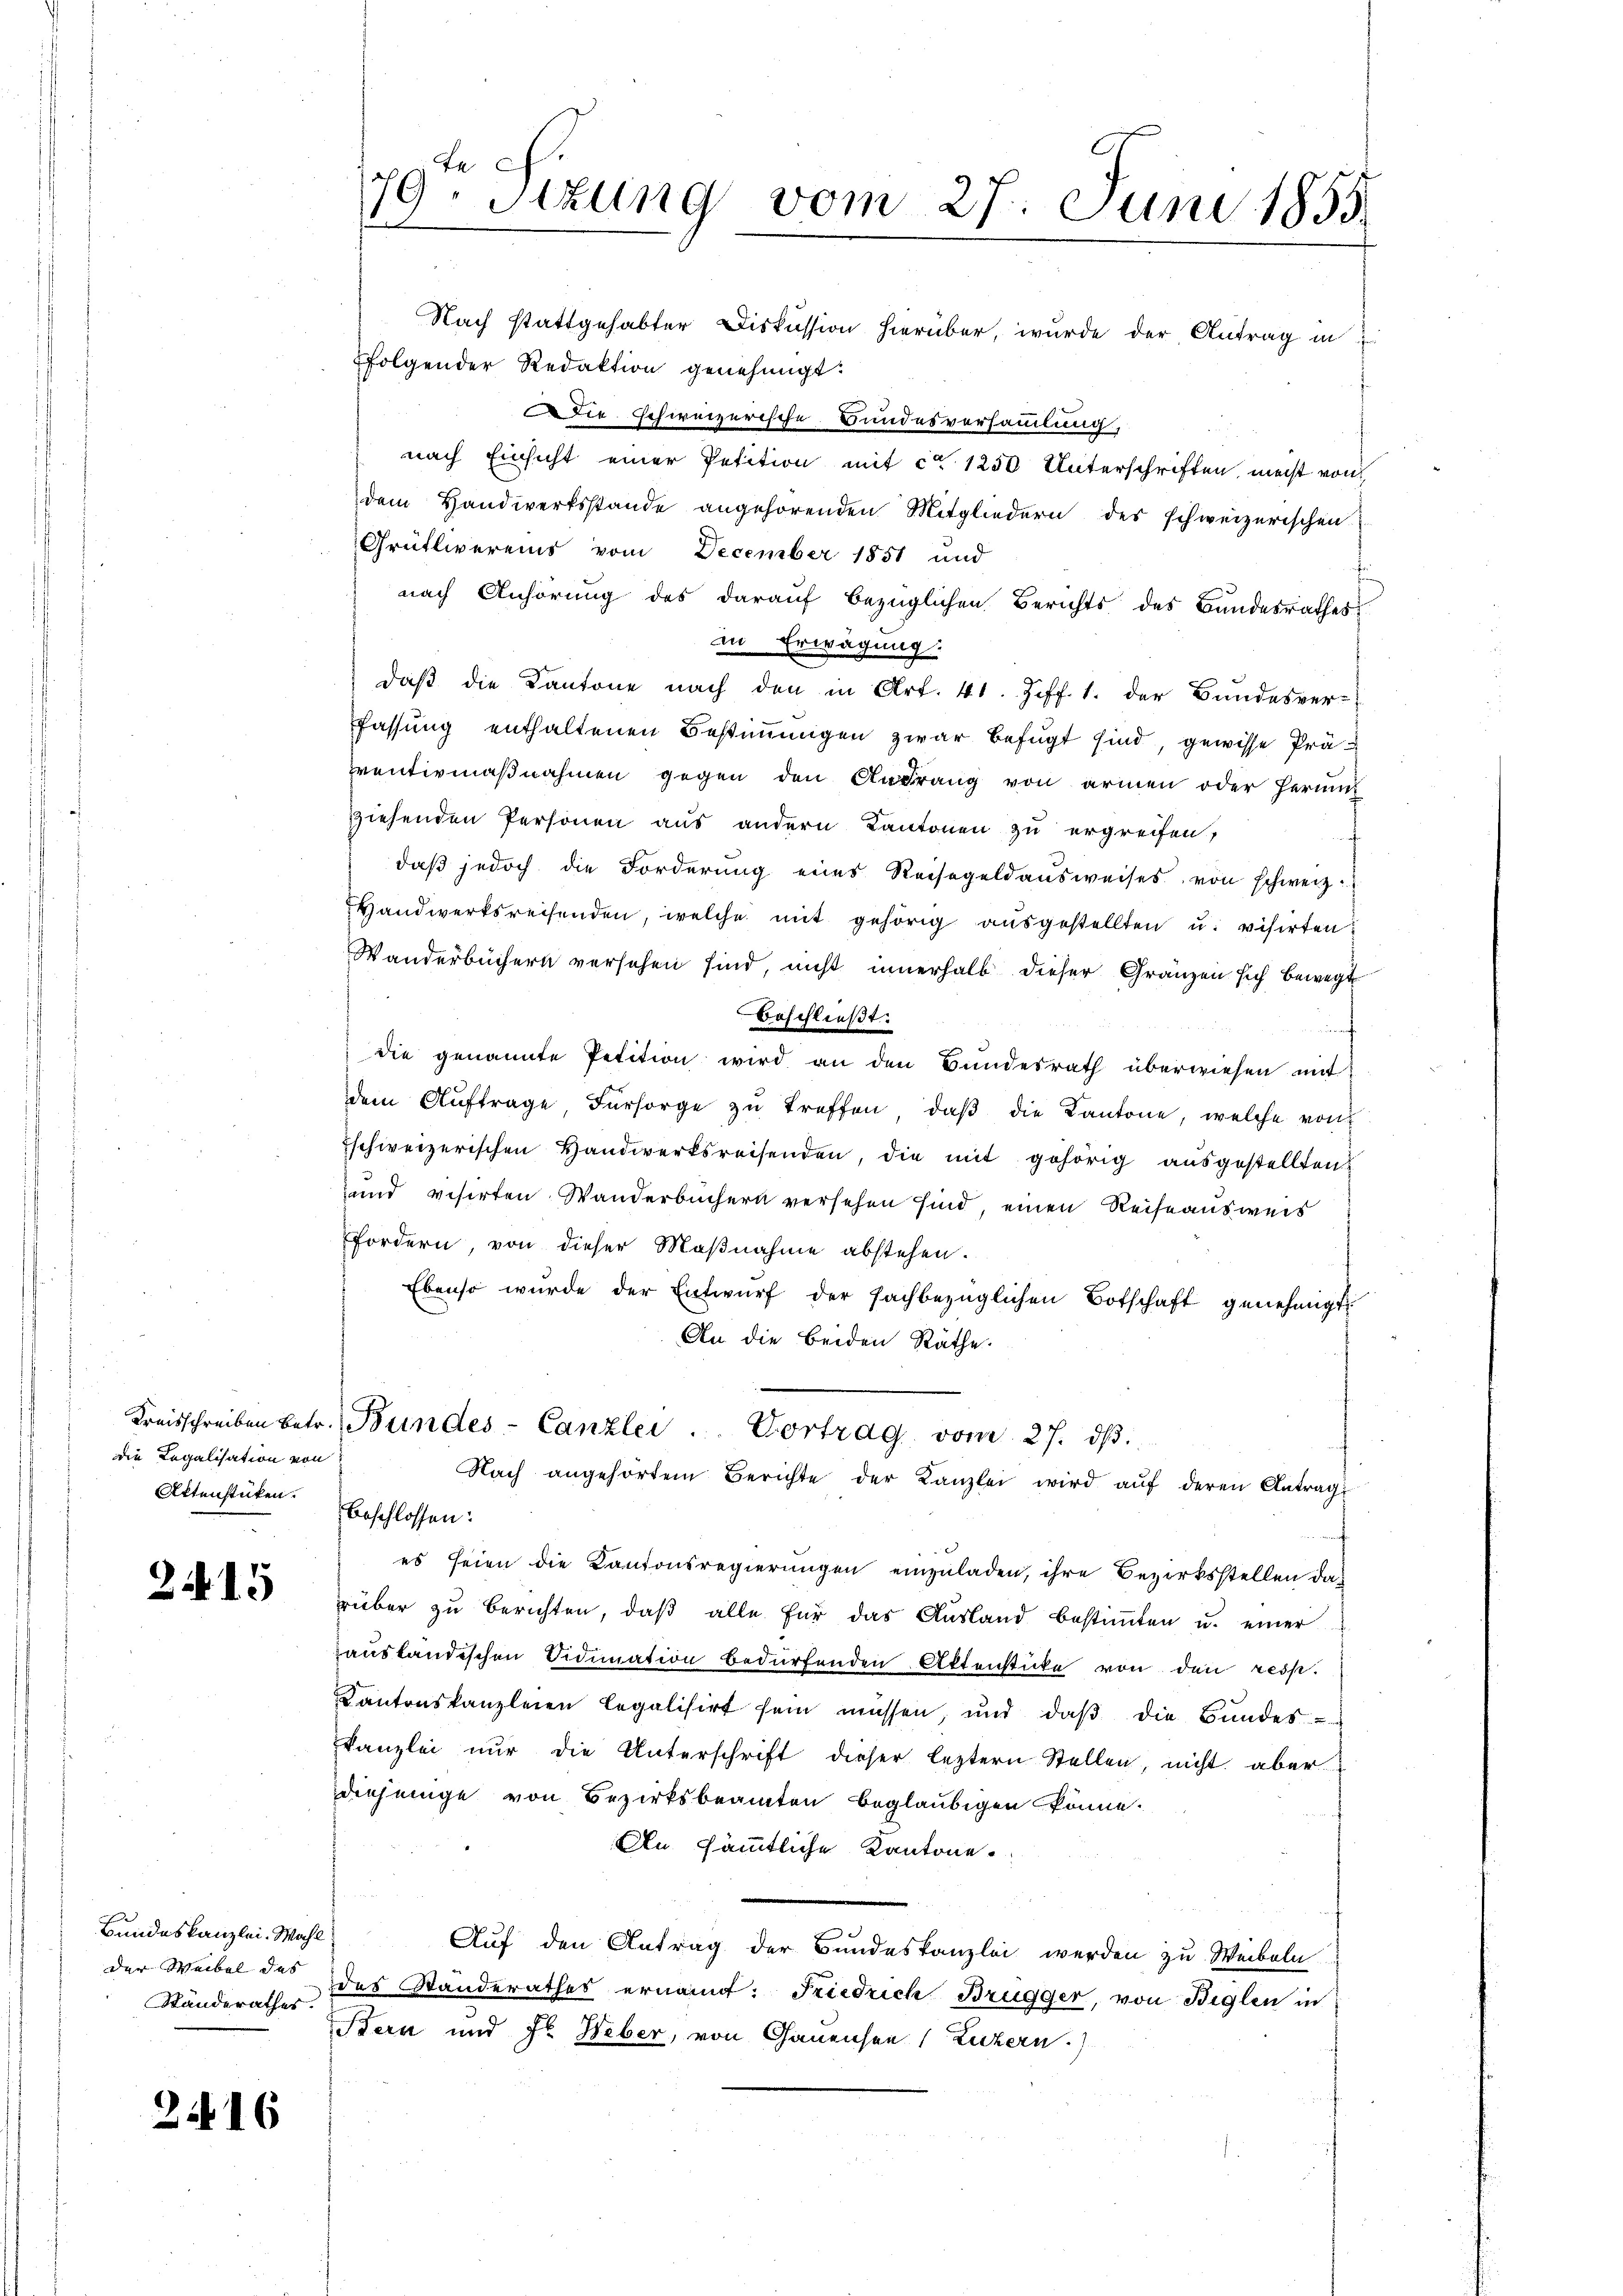
dDie Legalisation von
Aktenstücken.

215

Bundeskanzlei. Wahl
der Weibel des
Ständerathes.

216

79Stzung vom 27. Juni 1855.

Nach stattgehabter Diskussion hierüber, wurde der Antrag in
folgender Redaktion genehmigt.
Dir schweizerische Bundesversammlung,
nach Einsicht einer Petition mit ca 1250 Unterschriften, mecht von
dem Handwerksstande angehörenden Mitgliedern des schweizerischen
Grütlivereins vom December 1851 und
nach Anhörung des darauf bezüglichen Berichts des Bandesrathes
in Erwägung:
daß die Kantone nach den in Art. 41. Ziff. 1. der Bundesver-
fassung enthaltenen Bestimmigen zwar befugt sind, gewisse Präventivmaßnahmen gegen den Andrang von armen oder Herumz
ziehenden Personen aus andern Kantonen zu ergreifen,
daβ jedoch die Forderŭng eines Reisegeldaŭsweises von schweiz.
Handwerksreisenden, welche mit gehörig aŭsgestellten u. visirten
Wanderbüchern versehen sind, nicht innerhalb dieser Gränzen sich bewegt
beschließt:
f
die genannte Petition wird an den Bundesrath überwiesen mit
dem Aŭftrage Fürsorge zŭ treffen, daβ die Kantone, welche von
Eschweizerischen Handwerksreisenden, die mit gehörig ausgestellten
und visirten Wanderbüchern versehen sind, einen Reise ausweis
fordern von dieser Maβnahme abstehen.
Ebenso wurde der Entwurf der fachbezüglichen Botschaft genehmigt
An die beiden Räthe.
Kreisschreiben betr. Bundes-Canzlei  ..  Vortrag vom 27. dβ.
Nach angehörtem Berichte der Kanzlei wird aŭf deren Antrag
beschlossen:
es seien die Kantonsregierungen einzuladen, ihre Bezirksstellen dah
rüber zu berichten, daß alle für das Ausland bestimmten u. einer
ausländischen Vidimation bedürfenden Aktenstücke von den resp.
Kantonskanzleien legalisirt sein müssen, und daß die Bundes-
Kanzlei nur die Unterschrift dieser leztern Stellen, nicht aber
diejenige von Bezirksbeamten beglaubigen könne.
An sämmtliche Kantone.
Auf den Antrag der Bundeskanzlei werden zu Weibeln
des Standerathes ernannt: Friedrich Brügger, von Biglen in
Bern und Fr. Heber, von Gauensen (Luzern)